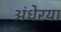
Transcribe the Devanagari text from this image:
अंधेरया